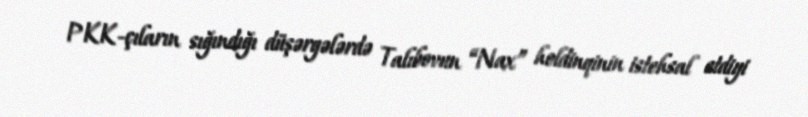
PKK-çıların sığındığı düşərgələrdə Talıbovun “Nax” holdinqinin istehsal etdiyi